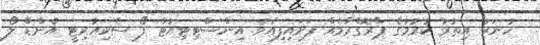
ހުނަރު އިތުރު ކުރުމުގެ ޕްރޮގްރާމެއް ފަށައިފިއެވެ. އިންސްޓިޓިއުޓް ފޯ ސެކިއުރިޓީ އެންޑް ލޯ